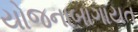
યોજનાબાગાયત